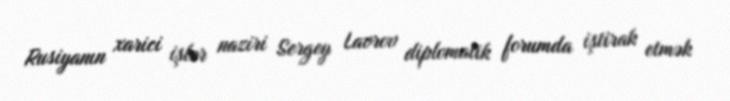
Rusiyanın xarici işlər naziri Sergey Lavrov diplomatik forumda iştirak etmək